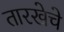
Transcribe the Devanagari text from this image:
तारखेचे